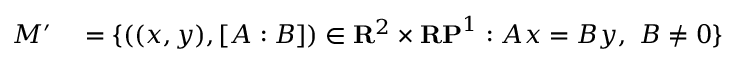
\begin{array} { r l } { M ^ { \prime } } & { { } = \{ ( ( x , y ) , [ A : B ] ) \in \mathbf { R } ^ { 2 } \times \mathbf { R P } ^ { 1 } : A x = B y , \ B \neq 0 \} } \end{array}